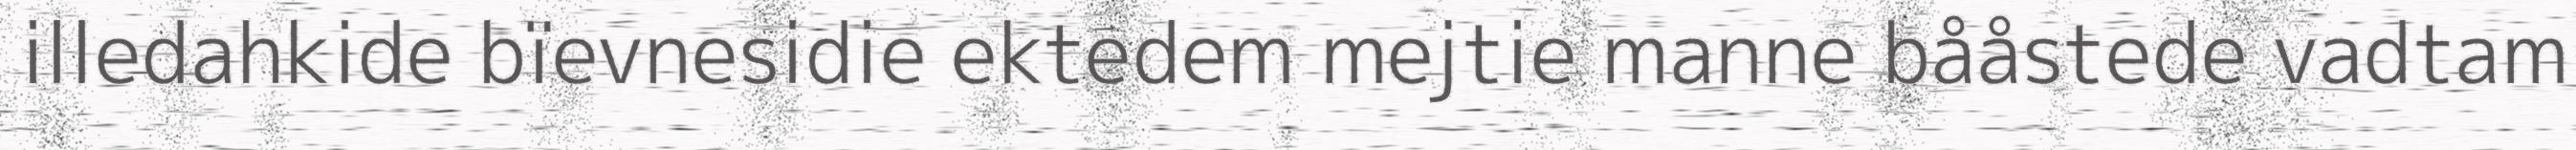
illedahkide bïevnesidie ektedem mejtie manne bååstede vadtam